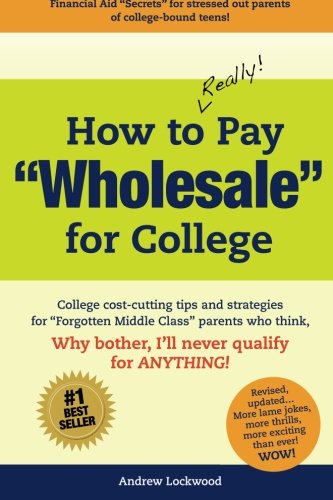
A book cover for How to REALLY Pay "Wholesale" for College: College cost-cutting tips and strategies for "Forgotten Middle Class" parents who think, Why Bother, I'll never qualify for ANYTHING!; Andrew Lockwood; Parenting & Relationships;